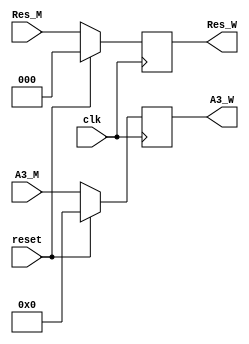
`timescale 1ns / 1ps
//////////////////////////////////////////////////////////////////////////////////
// Company: 
// Engineer: 
// 
// Design Name: 
// Module Name:    ResW 
// Project Name: 
// Target Devices: 
// Tool versions: 
// Description: 
//
// Dependencies: 
//
// Revision: 
// Revision 0.01 - File Created
// Additional Comments: 
//
//////////////////////////////////////////////////////////////////////////////////
module ResW(
    input [2:0] Res_M,
    input [4:0] A3_M,
    input clk,
    input reset,
    output [2:0] Res_W,
    output [4:0] A3_W
    );
	reg [2:0] res;
	reg [4:0] a3;
	assign Res_W = res;
	assign A3_W = a3;
	initial begin
		res <= 0;
		a3 <= 0;
	end
	always @(posedge clk) begin
		if(reset) begin
			res <= 0;
			a3 <= 0;
		end
		else if(reset == 0) begin
			res <= Res_M;
			a3 <= A3_M;
		end
	end
endmodule